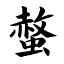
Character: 螫